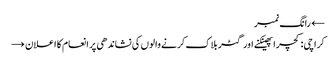
← رانگ نمبر
کراچی: کچرا پھینکنے اور گٹر بلاک کرنے والوں کی نشاندھی پر انعام کا اعلان →